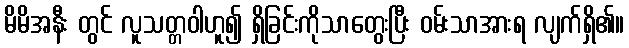
မိမိအနီး တွင် လူသတ္တဝါဟူ၍ ရှိခြင်းကိုသာတွေးပြီး ဝမ်းသာအားရ လျက်ရှိ၏။